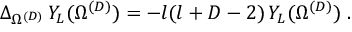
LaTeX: \Delta _ { \Omega ^ { ( { D } ) } } \, Y _ { L } ( \Omega ^ { ( { D } ) } ) = - l ( l + D - 2 ) \, Y _ { L } ( \Omega ^ { ( { D } ) } ) \; .